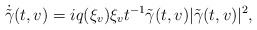
\begin{align*} \dot{\tilde{\gamma}}(t,v)&=iq(\xi_v)\xi_vt^{-1}\tilde{\gamma}(t,v)|\tilde{\gamma}(t,v)|^2,\end{align*}